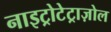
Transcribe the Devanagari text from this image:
नाइट्रोटेट्राज़ोल